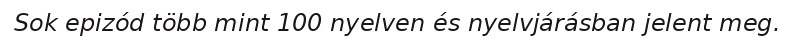
Sok epizód több mint 100 nyelven és nyelvjárásban jelent meg.